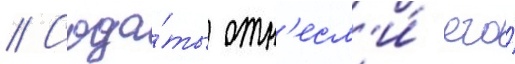
// Солда́ты отн'есл'и́ его́